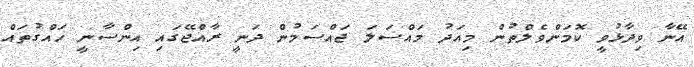
އޭނާ ވިދާޅުވީ ކޮމަންވެލްތުން މިއަދު މައްސަލަ ޖައްސަމުން ދަނީ ރާއްޖޭގައި އިންސާނީ ހައްގުތައް